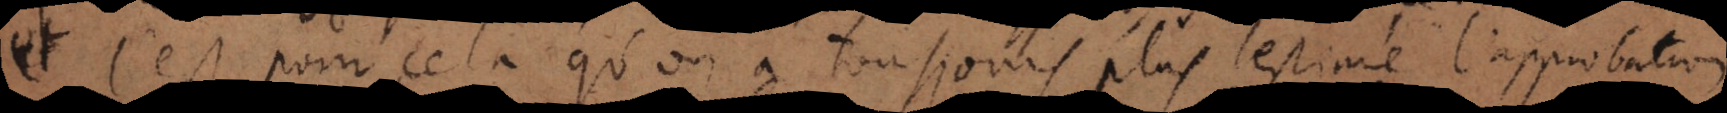
e. c’est pour cela qu’on a tousjours plus estimé l’approbation